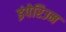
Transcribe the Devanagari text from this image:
इंपेरिउम